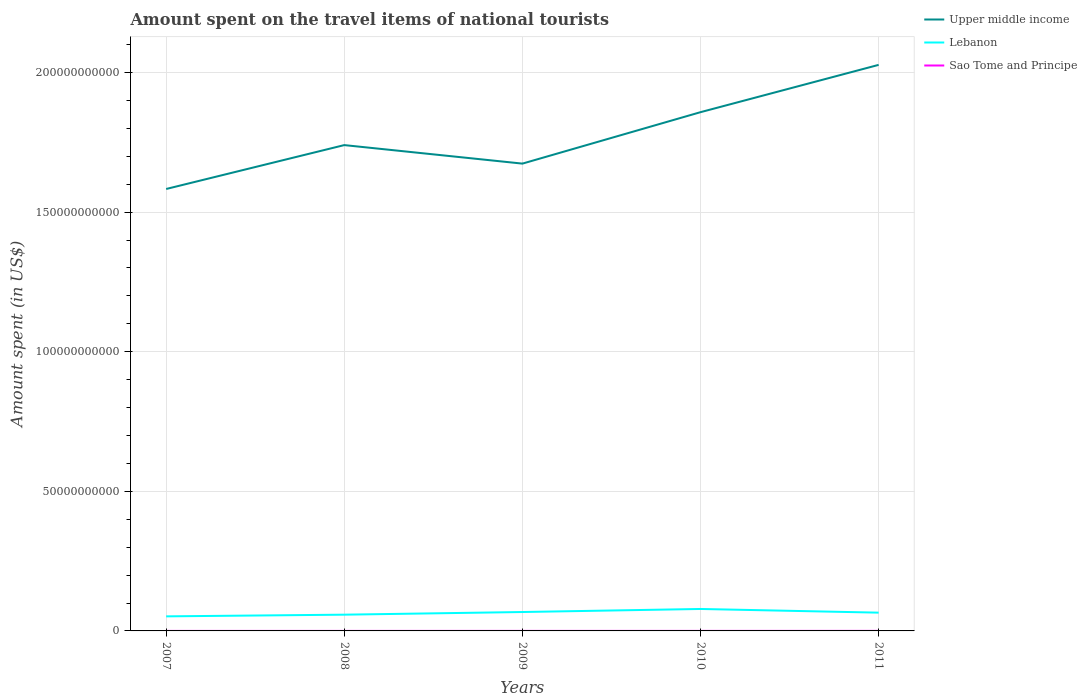
| Years | Upper middle income | Lebanon | Sao Tome and Principe |
 | --- | --- | --- | --- |
 | 2007 | 1.58e+11 | 5.22e+09 | 5e+06 |
 | 2008 | 1.74e+11 | 5.82e+09 | 7.7e+06 |
 | 2009 | 1.67e+11 | 6.77e+09 | 8.3e+06 |
 | 2010 | 1.86e+11 | 7.86e+09 | 1.11e+07 |
 | 2011 | 2.03e+11 | 6.54e+09 | 1.59e+07 |